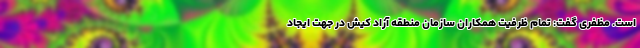
است. مظفری گفت: تمام ظرفیت همکاران سازمان منطقه آزاد کیش در جهت ایجاد